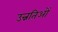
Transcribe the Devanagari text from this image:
उन्नतिओं